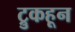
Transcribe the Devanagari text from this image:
ट्रुकहून